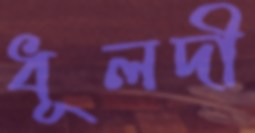
ধূলদী